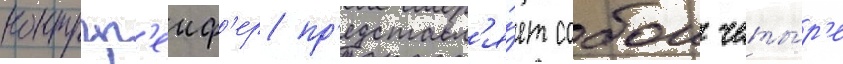
контргр'еиф'ер пр'едставл'я́ет собои четы́р'е